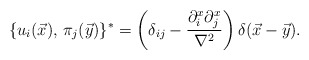
\begin{align*}\{u_i(\vec x),\, \pi_j(\vec y)\}^* = \left( \delta_{ij} - {\partial_i^x\partial_j^x\over{\nabla^2}}\right)\delta(\vec x - \vec y).\end{align*}